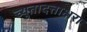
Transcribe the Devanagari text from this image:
च्युतादत्ताक्षरा